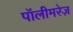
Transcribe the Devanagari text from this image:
पॉलीमरेज़